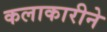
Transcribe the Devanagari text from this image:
कलाकारीने